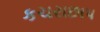
કચરાછાપ